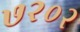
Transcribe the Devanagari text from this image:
७२०२